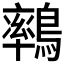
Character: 𪅄